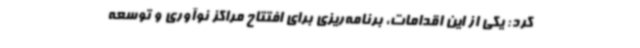
کرد: یکی از این اقدامات، برنامه‌ریزی برای افتتاح مراکز نوآوری و توسعه